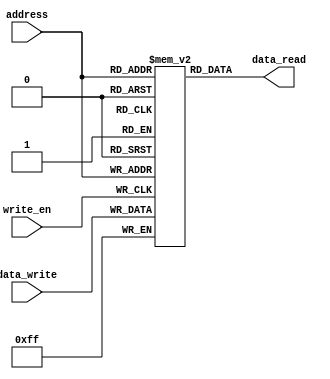
module Register(
    input [3:0] address,
    input [7:0] data_write,
    input write_en,
    output reg [7:0] data_read
);
    reg [7:0] regi[15:0];  //   1byte * 16

    //   

initial begin
    regi[1]  = 8'd0;
    regi[2]  = 8'd64;
    regi[3]  = 8'd96;
    regi[4]  = 8'd128;
    regi[5]  = 8'd160;
    regi[6]  = 8'd192;
    regi[7]  = 8'd224;
    regi[8]  = 8'd32;
    regi[9]  = 8'd64;
    regi[10] = 8'd96;
    regi[11] = 8'd128;
    regi[12] = 8'd160;
    regi[13] = 8'd192;
    regi[14] = 8'd224;
    regi[15] = 8'd32;
end

    //   
    always @(address) begin
        data_read = regi[address];
    end

    //   
    always @(posedge write_en) begin
        if (write_en) begin
            regi[address] = data_write;
        end
    end
endmodule

module ReadRegister(
    input [3:0] address,
    output [7:0] data_read
);
Register regi_inst (
    .address(address),
    .data_write(8'b0),   //     0 
    .write_en(1'b0),     //   
    .data_read(data_read)
);
endmodule

module WriteRegister(
    input [3:0] address,
    input [7:0] data_write,
    output reg write_en
);
Register regi_inst (
    .address(address),
    .data_write(data_write),
    .write_en(write_en),
    .data_read()
);
endmodule